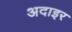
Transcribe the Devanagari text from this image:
अदाइर